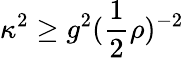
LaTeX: \kappa^{2}\geq g^{2}(\frac{1}{2}\rho)^{-2}